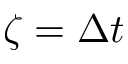
\zeta = \Delta t